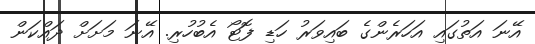
އޭނަ އަތުގައި އަހަރެންގެ ބައިވަރު ހަޑި ފޮޓޯ އެބުހުރި. އޭނަ މަށަށް ދައްކަން